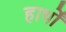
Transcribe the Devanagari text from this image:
हार्थों